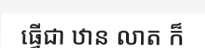
ធ្វើជា ឋាន លាត ក៏